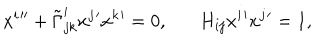
x ^ { i } { ' ^ { \prime } } + \tilde { \Gamma } _ { j k } ^ { i } x ^ { j } { ' } x ^ { k } { ' } = 0 , H _ { i j } x ^ { i } { ' } x ^ { j } { ' } = 1 ,